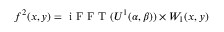
f ^ { 2 } ( x , y ) = \mathrm { ~ i ~ F ~ F ~ T ~ } ( U ^ { 1 } ( \alpha , \beta ) ) \times W _ { 1 } ( x , y )